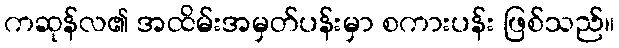
ကဆုန်လ၏ အထိမ်းအမှတ်ပန်းမှာ စကားပန်း ဖြစ်သည်။